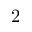
2